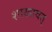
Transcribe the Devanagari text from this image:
शाखावत्